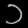
Digit: ၁